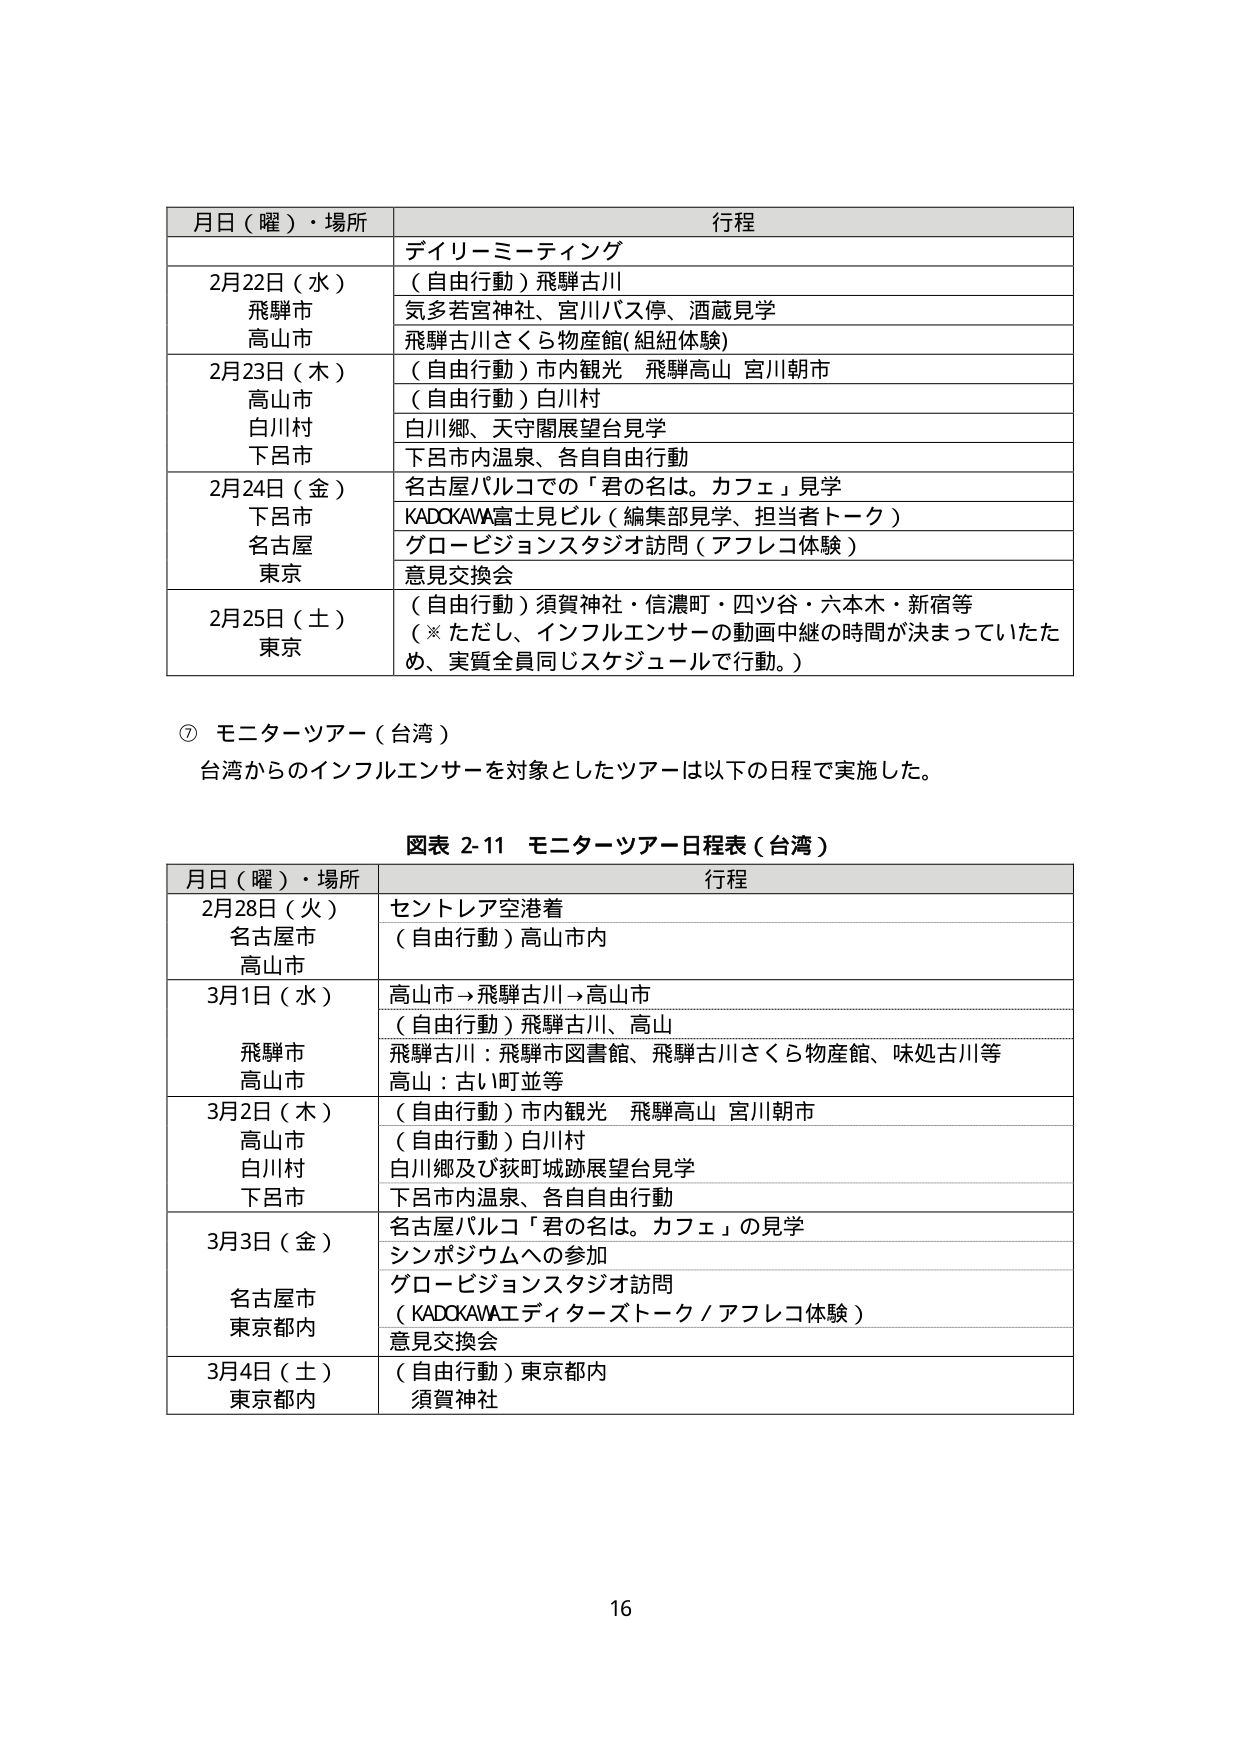
月日（曜）・場所 行程
デイリーミーティング
2月22日（水） （自由行動）飛騨古川
飛騨市 気多若宮神社、宮川バス停、酒蔵見学
高山市 飛騨古川さくら物産館(組紐体験)
2月23日（木） （自由行動）市内観光 飛騨高山 宮川朝市
高山市 （自由行動）白川村
白川村 白川郷、天守閣展望台見学
下呂市 下呂市内温泉、各自自由行動
2月24日（金） 名古屋パルコでの「君の名は。カフェ」見学
下呂市 KADOKAWA富士見ビル（編集部見学、担当者トーク）
名古屋 グロービジョンスタジオ訪問（アフレコ体験）
東京 意見交換会
2月25日（土） （自由行動）須賀神社・信濃町・四ツ谷・六本木・新宿等
東京 （※ただし、インフルエンサーの動画中継の時間が決まっていたため、実質全員同じスケジュールで行動。）

⑦ モニターツアー（台湾）
台湾からのインフルエンサーを対象としたツアーは以下の日程で実施した。

図表 2-11 モニターツアー日程表（台湾）
月日（曜）・場所 行程
2月28日（火） セントレア空港着
名古屋市 （自由行動）高山市内
高山市
3月1日（水） 高山市→飛騨古川→高山市
（自由行動）飛騨古川、高山
飛騨市 飛騨古川：飛騨市図書館、飛騨古川さくら物産館、味処古川等
高山市 高山：古い町並等
3月2日（木） （自由行動）市内観光 飛騨高山 宮川朝市
高山市 （自由行動）白川村
白川村 白川郷及び荻町城跡展望台見学
下呂市 下呂市内温泉、各自自由行動
3月3日（金） 名古屋パルコ「君の名は。カフェ」の見学
シンポジウムへの参加
名古屋市 グロービジョンスタジオ訪問
東京都内 （KADOKAWAエディターズトーク／アフレコ体験）
意見交換会
3月4日（土） （自由行動）東京都内
東京都内 須賀神社

16